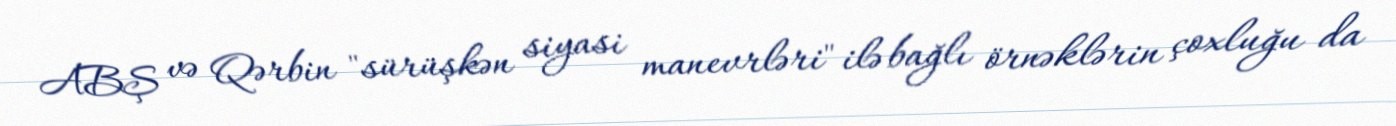
ABŞ və Qərbin "sürüşkən siyasi manevrləri" ilə bağlı örnəklərin çoxluğu da